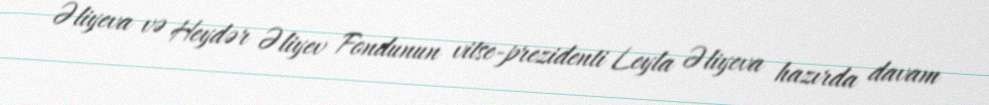
Əliyeva və Heydər Əliyev Fondunun vitse-prezidenti Leyla Əliyeva hazırda davam